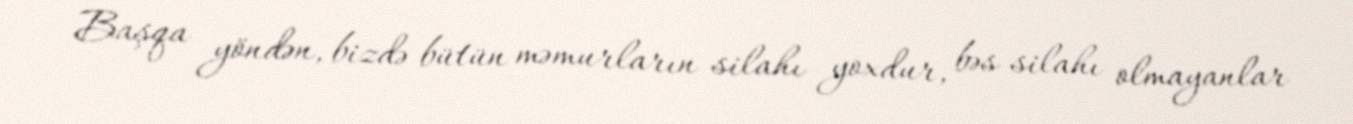
Başqa yöndən, bizdə bütün məmurların silahı yoxdur, bəs silahı olmayanlar